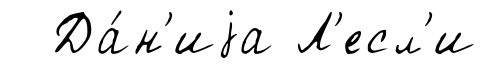
Да́н'иjа Л'есл'и